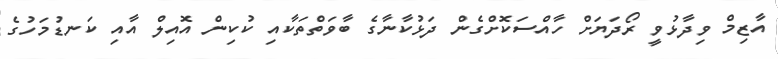
އާޒިމް ވިދާޅުވީ ރޯދަޔަށް ހާއްސަކޮށްގެން ދަޅުކާނާގެ ބާވަތްތަކާއި ކުކިން އޮއިލް އާއި ކަނޑުމަހުގެ